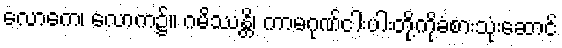
လောကေ၊ လောက၌။ ဂမိဿန္တိ၊ ကာမဂုဏ်ငါးပါးတို့ကိုခံစားသုံးဆောင်